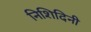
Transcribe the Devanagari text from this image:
निशिदिनी